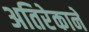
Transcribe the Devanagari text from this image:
अतिरेकाने